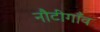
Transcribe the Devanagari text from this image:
नौटीगाँव